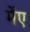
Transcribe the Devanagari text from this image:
मेंए